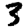
Digit: 3